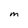
Character: M